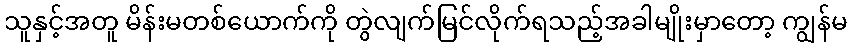
သူနှင့်အတူ မိန်းမတစ်ယောက်ကို တွဲလျက်မြင်လိုက်ရသည့်အခါမျိုးမှာတော့ ကျွန်မ